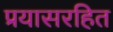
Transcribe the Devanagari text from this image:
प्रयासरहित